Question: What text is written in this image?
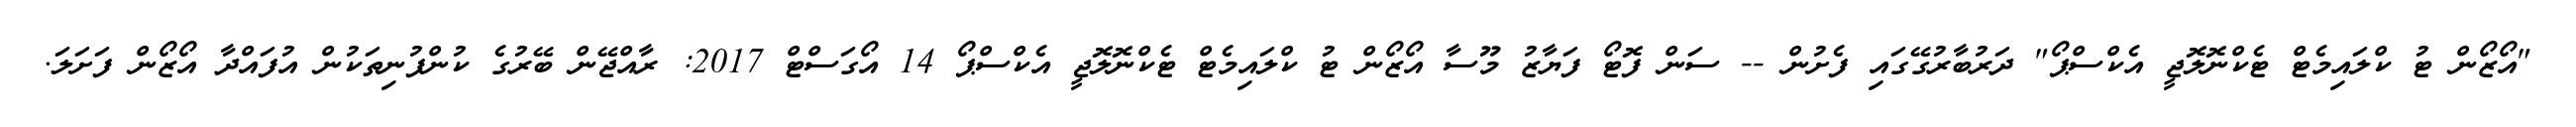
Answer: "އޯޒޯން ޓު ކްލައިމެޓް ޓެކްނޮލޮޖީ އެކްސްޕޯ" ދަރުބާރުގޭގައި ފެށުން -- ސަން ފޮޓޯ ފަޔާޒު މޫސާ އޯޒޯން ޓު ކްލައިމެޓް ޓެކްނޮލޮޖީ އެކްސްޕޯ 14 އޯގަސްޓް 2017: ރާއްޖޭން ބޭރުގެ ކުންފުނިތަކުން އުފައްދާ އޯޒޯން ފަށަލަ.